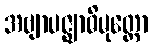
အဗျာပဇ္ဈာဓိမုတ္တော